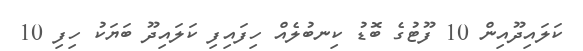
ކަލައިދޫއިން 10 ފޫޓުގެ ބޮޑު ކިނބުލެއް ހިފައިފި ކަލައިދޫ ބަޔަކު ހިފި 10